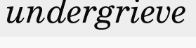
undergrieve